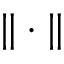
\| \cdot \|